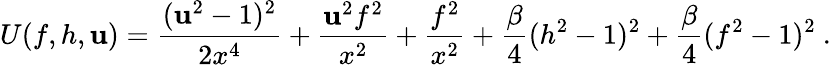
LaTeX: U(f,h,\mathbf{u})=\frac{{(\mathbf{u}^{2}-1)^{2}}}{{2x^{4}}}+\frac{{\mathbf{u}^{2}f^{2}}}{{x^{2}}}+\frac{{f^{2}}}{{x^{2}}}+\frac{\beta}{4}(h^{2}-1)^{2}+\frac{\beta}{4}(f^{2}-1)^{2}\ .